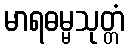
မာရဓမ္မသုတ္တံ